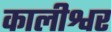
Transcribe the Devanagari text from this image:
कालीश्वर